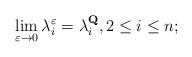
\begin{align*} \lim_{\varepsilon\rightarrow 0}\lambda^\varepsilon_i=\lambda^\mathbf{Q}_i,2\leq i\leq n; \end{align*}